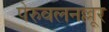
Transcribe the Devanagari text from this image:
पेरुवलनल्लूर